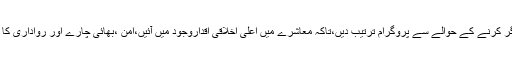
تمام علماء کرام و خطباء مساجد اپنے اپنے حلقہ اور مساجدمیں پیغمبراسلام ﷺ کی سیرت کو اجاگر کرنے کے حوالے سے پروگرام ترتیب دیں،تاکہ معاشرے میں اعلیٰ اخلاقی اقداروجود میں آئیں،امن ،بھائی چارے اور رواداری کا ماحول پیدا ہو،نوجوان نسل بے راہ روی سے بچ کر پیغمبر اسلام ﷺ کی تعلیمات پر عمل پیرا ہو۔